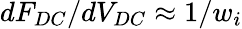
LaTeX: dF_{DC}/dV_{DC}\approx 1/w_{i}